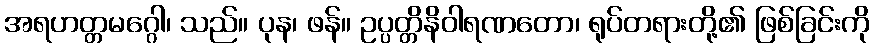
အရဟတ္တမဂ္ဂေါ၊ သည်။ ပုန၊ ဖန်။ ဥပ္ပတ္တိနိဝါရဏတော၊ ရုပ်တရားတို့၏ ဖြစ်ခြင်းကို